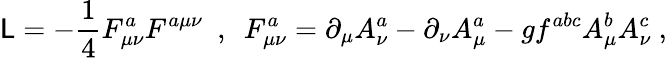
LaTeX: {\cal\mathsf{L}}=-\frac{{1}}{{4}}F_{\mu\nu}^{a}F^{a\mu\nu}\ \ ,\ \ F_{\mu\nu}^{a}=\partial_{\mu}A_{\nu}^{a}-\partial_{\nu}A_{\mu}^{a}-gf^{abc}A_{\mu}^{b}A_{\nu}^{c}\ ,